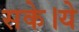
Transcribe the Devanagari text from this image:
सके।ये